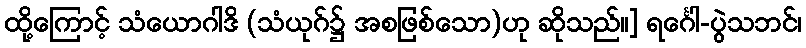
ထို့ကြောင့် သံယောဂါဒိ (သံယုဂ်၌ အစဖြစ်သော)ဟု ဆိုသည်။] ရင်္ဂေါ-ပွဲသဘင်၊